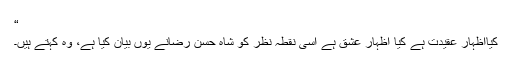
“
کیااظہار عقیدت ہے کیا اظہار عشق ہے اسی نقطۂ نظر کو شاہ حسن رضاؒنے یوں بیان کیا ہے، وہ کہتے ہیں۔